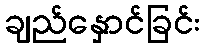
ချည်နှောင်ခြင်း